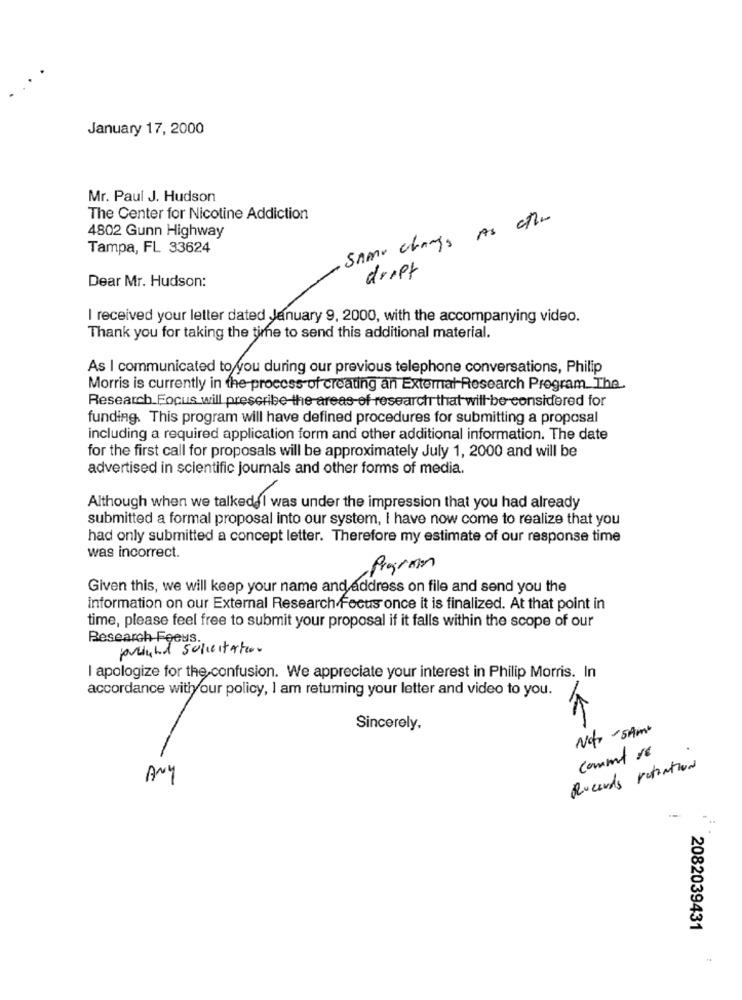
January 17, 2000
Mr. Paul J. Hudson
The Center for Nicotine Addiction
Same changs As other
4802 Gunn Highway
Tampa, FL 33624
drift
Dear Mr. Hudson:
I received your letter dated January 9, 2000, with the accompanying video.
Thank you for taking the time to send this additional material.
As I communicated to you during our previous telephone conversations, Philip
Morris is currently in the process of creating an External Research Program. The.
Research Focus will prescribe-the-areas-of research that will be considered for
funding. This program will have defined procedures for submitting a proposal
including a required application form and other additional information. The date
for the first call for proposals will be approximately July 1, 2000 and will be
advertised in scientific journals and other forms of media.
Although when we talkedgl was under the impression that you had already
submitted a formal proposal into our system, I have now come to realize that you
had only submitted a concept letter. Therefore my estimate of our response time
was incorrect.
Program
Given this, we will keep your name and address on file and send you the
information on our External Research Focus once it is finalized. At that point in
time, please feel free to submit your proposal if it falls within the scope of our
Research Feeus.
pround solicitation
I apologize for the confusion. We appreciate your interest in Philip Morris. In
accordance withyour policy, I am returning your letter and video to you.
Sincerely,
Notr-SAM
commt se
Rucards retention
ANY
2082039431